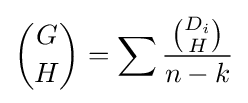
{\binom {G}{H}}=\sum {\frac {\binom {D_{i}}{H}}{n-k}}